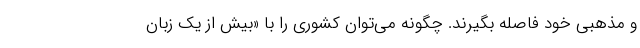
و مذهبی خود فاصله بگیرند. چگونه می‌توان کشوری را با «بیش از یک زبان